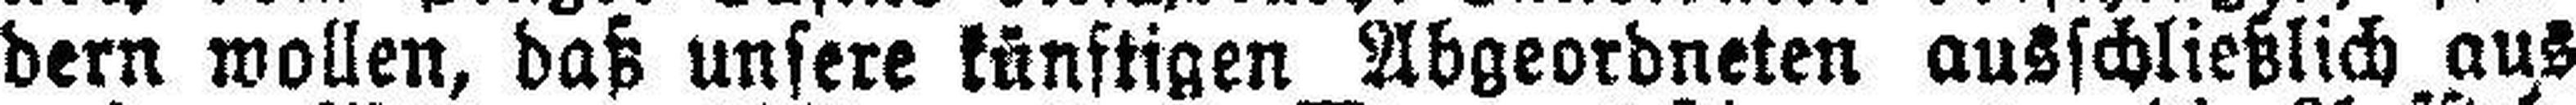
dern wollen, daß unsere künftigen Abgeordneten ausschließlich aus